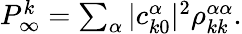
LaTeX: \begin{array}{r}{P_{\infty}^{k}=\sum_{\alpha}|c_{k0}^{\alpha}|^{2}\rho_{kk}^{\alpha\alpha}.}\end{array}